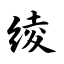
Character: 绫